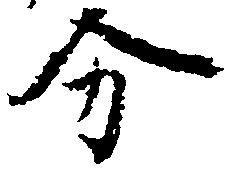
分